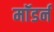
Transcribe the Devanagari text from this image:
माॅडर्न